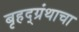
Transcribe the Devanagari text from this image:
बृहद्‌ग्रंथाचा